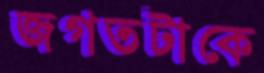
জগতটাকে